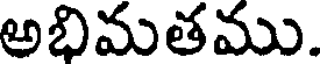
అభిమతము.